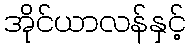
အိုင်ယာလန်နှင့်